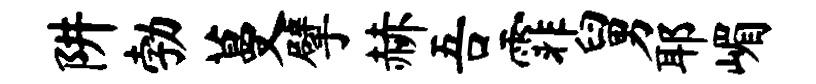
阱勃蔓擘赫吾霏舅耶嵋